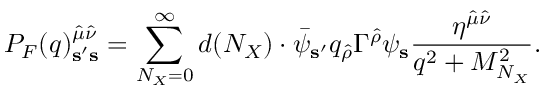
P _ { F } ( q ) _ { { \bf s } ^ { \prime } { \bf s } } ^ { { \hat { \mu } } { \hat { \nu } } } = \sum _ { N _ { X } = 0 } ^ { \infty } d ( N _ { X } ) \cdot { \bar { \psi } } _ { { \bf s } ^ { \prime } } q _ { \hat { \rho } } \Gamma ^ { \hat { \rho } } \psi _ { \bf s } { \frac { \eta ^ { { \hat { \mu } } { \hat { \nu } } } } { q ^ { 2 } + M _ { N _ { X } } ^ { 2 } } } .